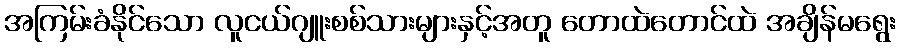
အကြမ်းခံနိုင်သော လူငယ်ဂျူးစစ်သားများနှင့်အတူ တောထဲတောင်ထဲ အချိန်မရွေး